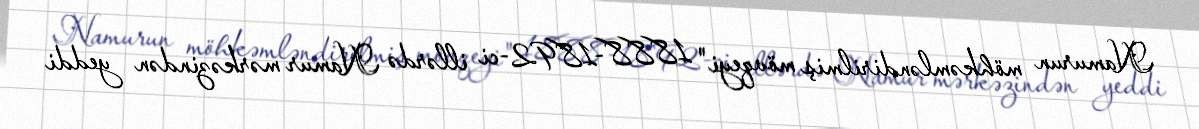
Namurun möhkəmləndirilmiş mövqeyi" 1888-1892-ci illərdə Namur mərkəzindən yeddi